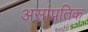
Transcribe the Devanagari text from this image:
असांप्रतिक